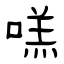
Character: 㗝